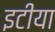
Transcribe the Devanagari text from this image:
इटीया